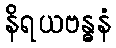
နိရယဗန္ဓနံ